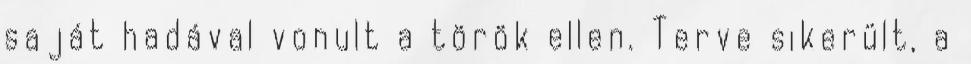
saját hadával vonult a török ellen. Terve sikerült, a